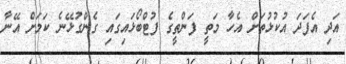
އަދި އެފަދަ އުކުޅުތަށް އެހާ މަތީ ފަންތީގެ ފުޓްބޯޅައިގައި ގެންގުޅޭނެ ކަމަށް އޭނާ